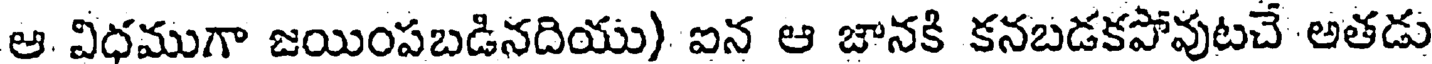
ఆ విధముగా జయింపబడినదియు) ఐన ఆ జానకి కనబడకపోవుటచే అతడు